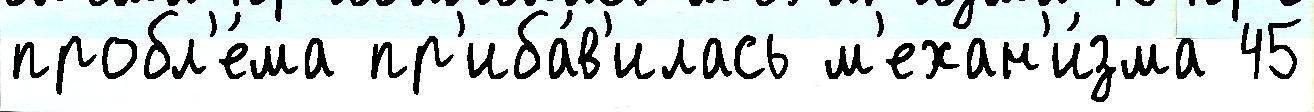
пробл'е́ма пр'иба́в'илась м'ехан'и́зма 45